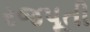
રજપૂતી